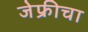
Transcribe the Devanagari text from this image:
जेफ्रीचा